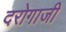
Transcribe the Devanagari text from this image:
दरोगाजी